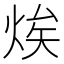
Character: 㶼